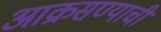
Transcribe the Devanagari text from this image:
आक्रसण्याची